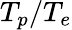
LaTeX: T_{p}/T_{e}